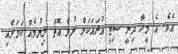
އެވެ. އެ މީހާ ދިނީ ސިޓީ އުރައަކަށް ނުލާ އޮތް ލިޔުމެއް ކަމަށާއި